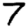
Digit: 7